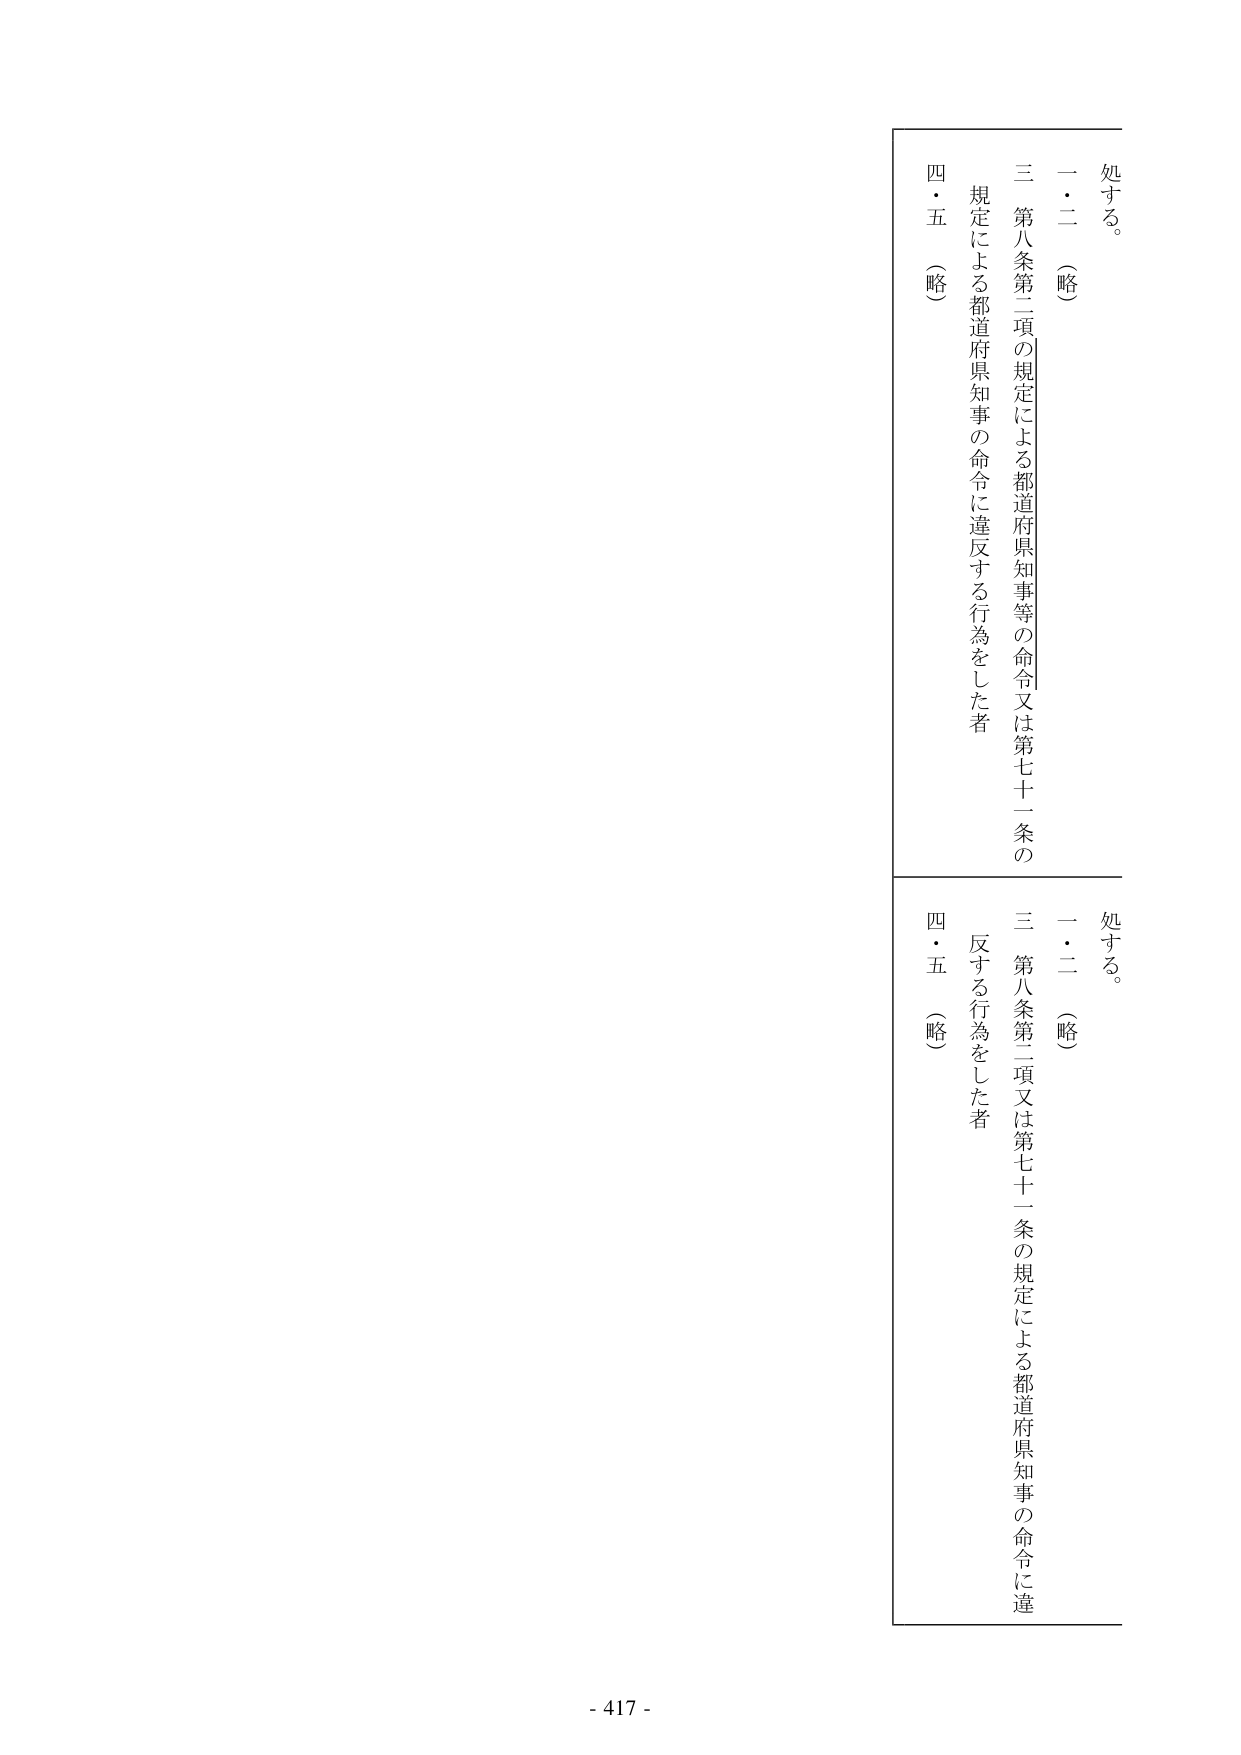
処する。

一・二 （略）

三 第八条第二項の規定による都道府県知事等の命令又は第七十一条の
規定による都道府県知事の命令に違反する行為をした者

四・五 （略）

処する。

一・二 （略）

三 第八条第二項又は第七十一条の規定による都道府県知事の命令に違
反する行為をした者

四・五 （略）

- 417 -